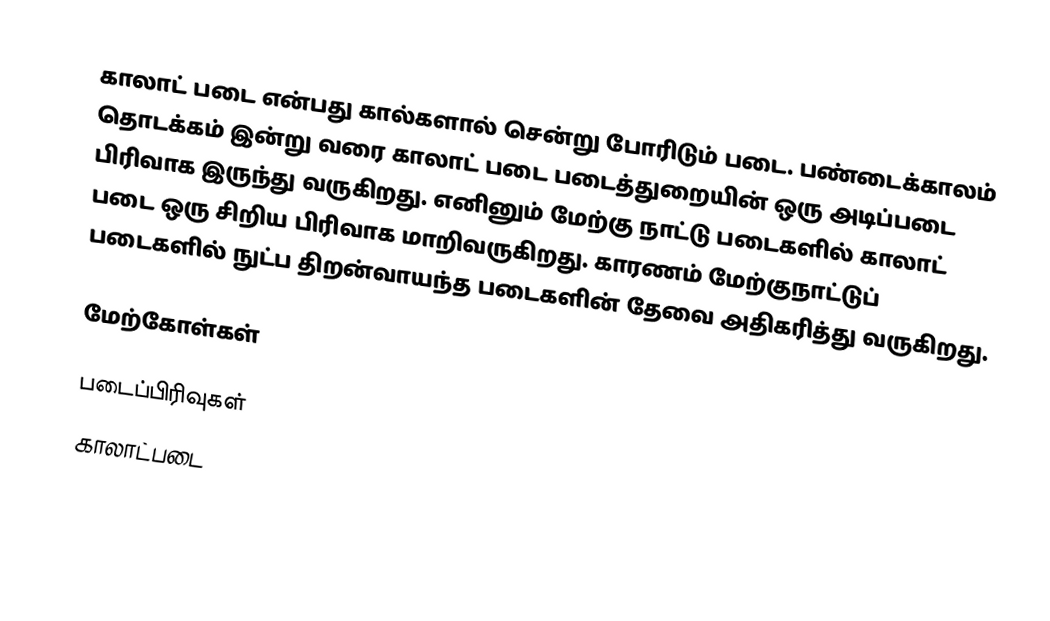
காலாட் படை என்பது கால்களால் சென்று போரிடும் படை. பண்டைக்காலம் தொடக்கம் இன்று வரை காலாட் படை படைத்துறையின் ஒரு அடிப்படை பிரிவாக இருந்து வருகிறது. எனினும் மேற்கு நாட்டு படைகளில் காலாட் படை ஒரு சிறிய பிரிவாக மாறிவருகிறது. காரணம் மேற்குநாட்டுப் படைகளில் நுட்ப திறன்வாயந்த படைகளின் தேவை அதிகரித்து வருகிறது.

மேற்கோள்கள்

படைப்பிரிவுகள்
காலாட்படை